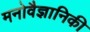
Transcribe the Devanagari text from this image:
मनोवैज्ञानिकी